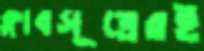
ক্লাবসূত্রেরই